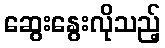
ဆွေးနွေးလိုသည့်